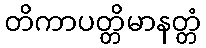
တိကာပတ္တိမာနတ္တံ